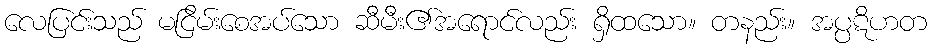
လေပြင်းသည် မငြိမ်းစေအပ်သော ဆီမီး၏အရောင်လည်း ရှိထသော။ တနည်း။ အပ္ပဋိဟတ